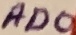
Text: AD0